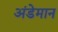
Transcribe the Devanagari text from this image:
अंडेमान